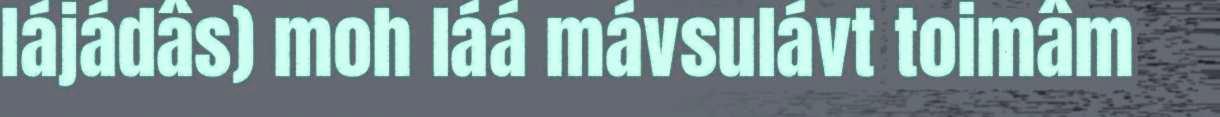
lájádâs) moh láá mávsulávt toimâm